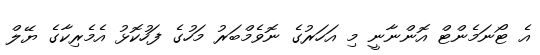
އެ ޓޯނަމެންޓް އޮންނާނީ މި އަހަރުގެ ނޮވެމްބަރު މަހުގެ ފަހުކޮޅު އެމެރިކާގެ ޔޭލް